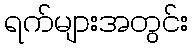
ရက်များအတွင်း